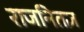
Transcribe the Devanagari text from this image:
राजनितज्ञ